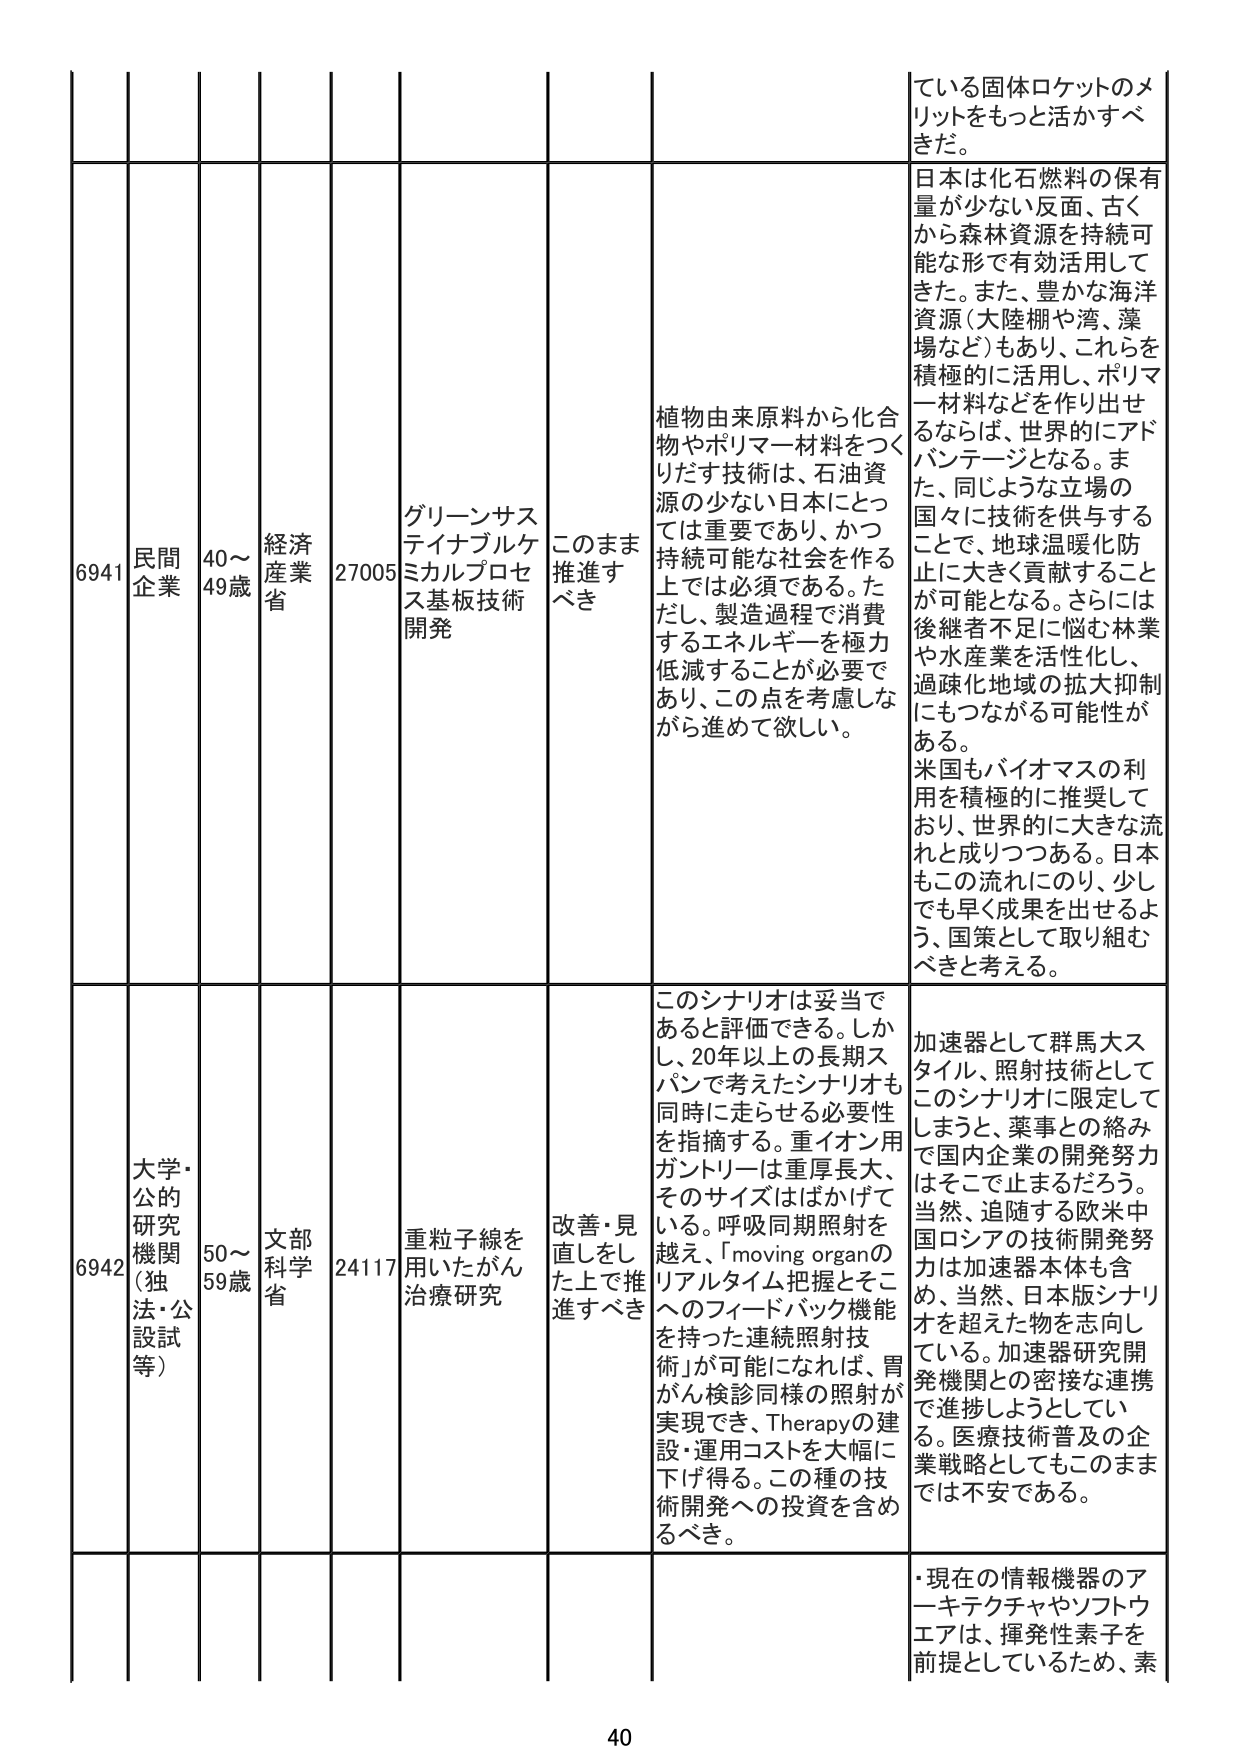
6941 民間企業 40～49歳 経済産業省 27005 グリーンサステイナブルケミカルプロセス基板技術開発 このまま推進すべき 植物由来原料から化合物やポリマー材料をつくりだす技術は、石油資源の少ない日本にとっては重要であり、かつ持続可能な社会を作る上では必須である。ただし、製造過程で消費するエネルギーを極力低減することが必要であり、この点を考慮しながら進めて欲しい。 ている固体ロケットのメリットをもっと活かすべきだ。 日本は化石燃料の保有量が少ない反面、古くから森林資源を持続可能な形で有効活用してきた。また、豊かな海洋資源（大陸棚や湾、藻場など）もあり、これらを積極的に活用し、ポリマー材料などを作り出せるならば、世界的にアドバンテージとなる。また、同じような立場の国々に技術を供与することで、地球温暖化防止に大きく貢献することが可能となる。さらには後継者不足に悩む林業や水産業を活性化し、過疎化地域の拡大抑制にもつながる可能性がある。 米国もバイオマスの利用を積極的に推奨しており、世界的に大きな流れと成りつつある。日本もこの流れにのり、少しでも早く成果を出せるよう、国策として取り組むべきと考える。

6942 大学・公的研究機関（独法・公設試等） 50～59歳 文部科学省 24117 重粒子線を用いたがん治療研究 改善・見直しをした上で推進すべき このシナリオは妥当であると評価できる。しかし、20年以上の長期スパンで考えたシナリオも同時に走らせる必要性を指摘する。重イオン用ガントリーは重厚長大、そのサイズはばかげている。呼吸同期照射を越え、「moving organのリアルタイム把握とそこへのフィードバック機能を持った連続照射技術」が可能になれば、胃がん検診同様の照射が実現でき、Therapyの建設・運用コストを大幅に下げ得る。この種の技術開発への投資を含めるべき。 加速器として群馬大スタイル、照射技術としてこのシナリオに限定してしまうと、薬事との絡みで国内企業の開発努力はそこで止まるだろう。当然、追随する欧米中国ロシアの技術開発努力は加速器本体も含め、当然、日本版シナリオを超えた物を志向している。加速器研究開発機関との密接な連携で進捗しようとしている。医療技術普及の企業戦略としてもこのままでは不安である。

・現在の情報機器のアーキテクチャやソフトウェアは、揮発性素子を前提としているため、素

40